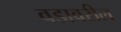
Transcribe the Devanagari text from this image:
वडावरील